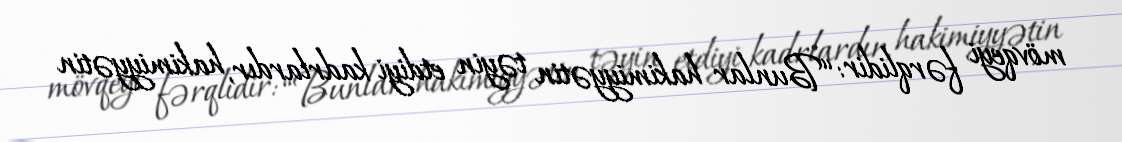
mövqeyi fərqlidir: “Bunlar hakimiyyətin təyin etdiyi kadrlardır, hakimiyyətin